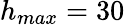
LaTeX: h_{max}=30